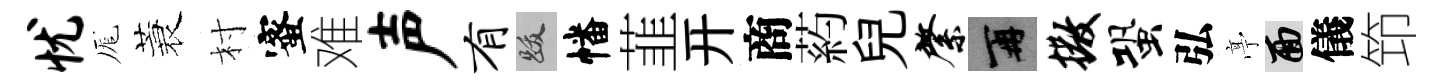
忧厖蓑村蜜难声有跋幡韮开商葯兒綮再撒蛩弘𠅘面儀笻